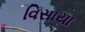
વિસાયા